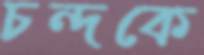
চন্দকে